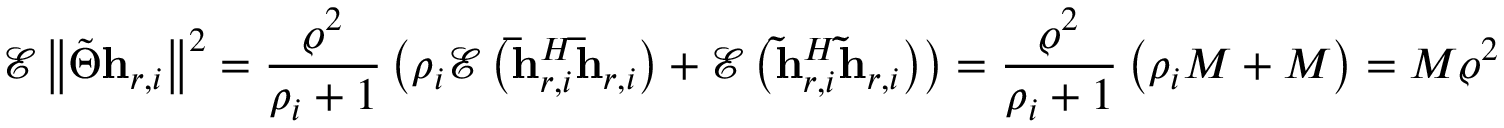
\mathscr { E } \left\Vert \tilde { \Theta } \mathbf { h } _ { r , i } \right\Vert ^ { 2 } = \frac { \varrho ^ { 2 } } { \rho _ { i } + 1 } \left( \rho _ { i } \mathscr { E } \left( \mathbf { \bar { h } } _ { r , i } ^ { H } \mathbf { \bar { h } } _ { r , i } \right) + \mathscr { E } \left( \mathbf { \tilde { h } } _ { r , i } ^ { H } \mathbf { \tilde { h } } _ { r , i } \right) \right) = \frac { \varrho ^ { 2 } } { \rho _ { i } + 1 } \left( \rho _ { i } M + M \right) = M \varrho ^ { 2 }